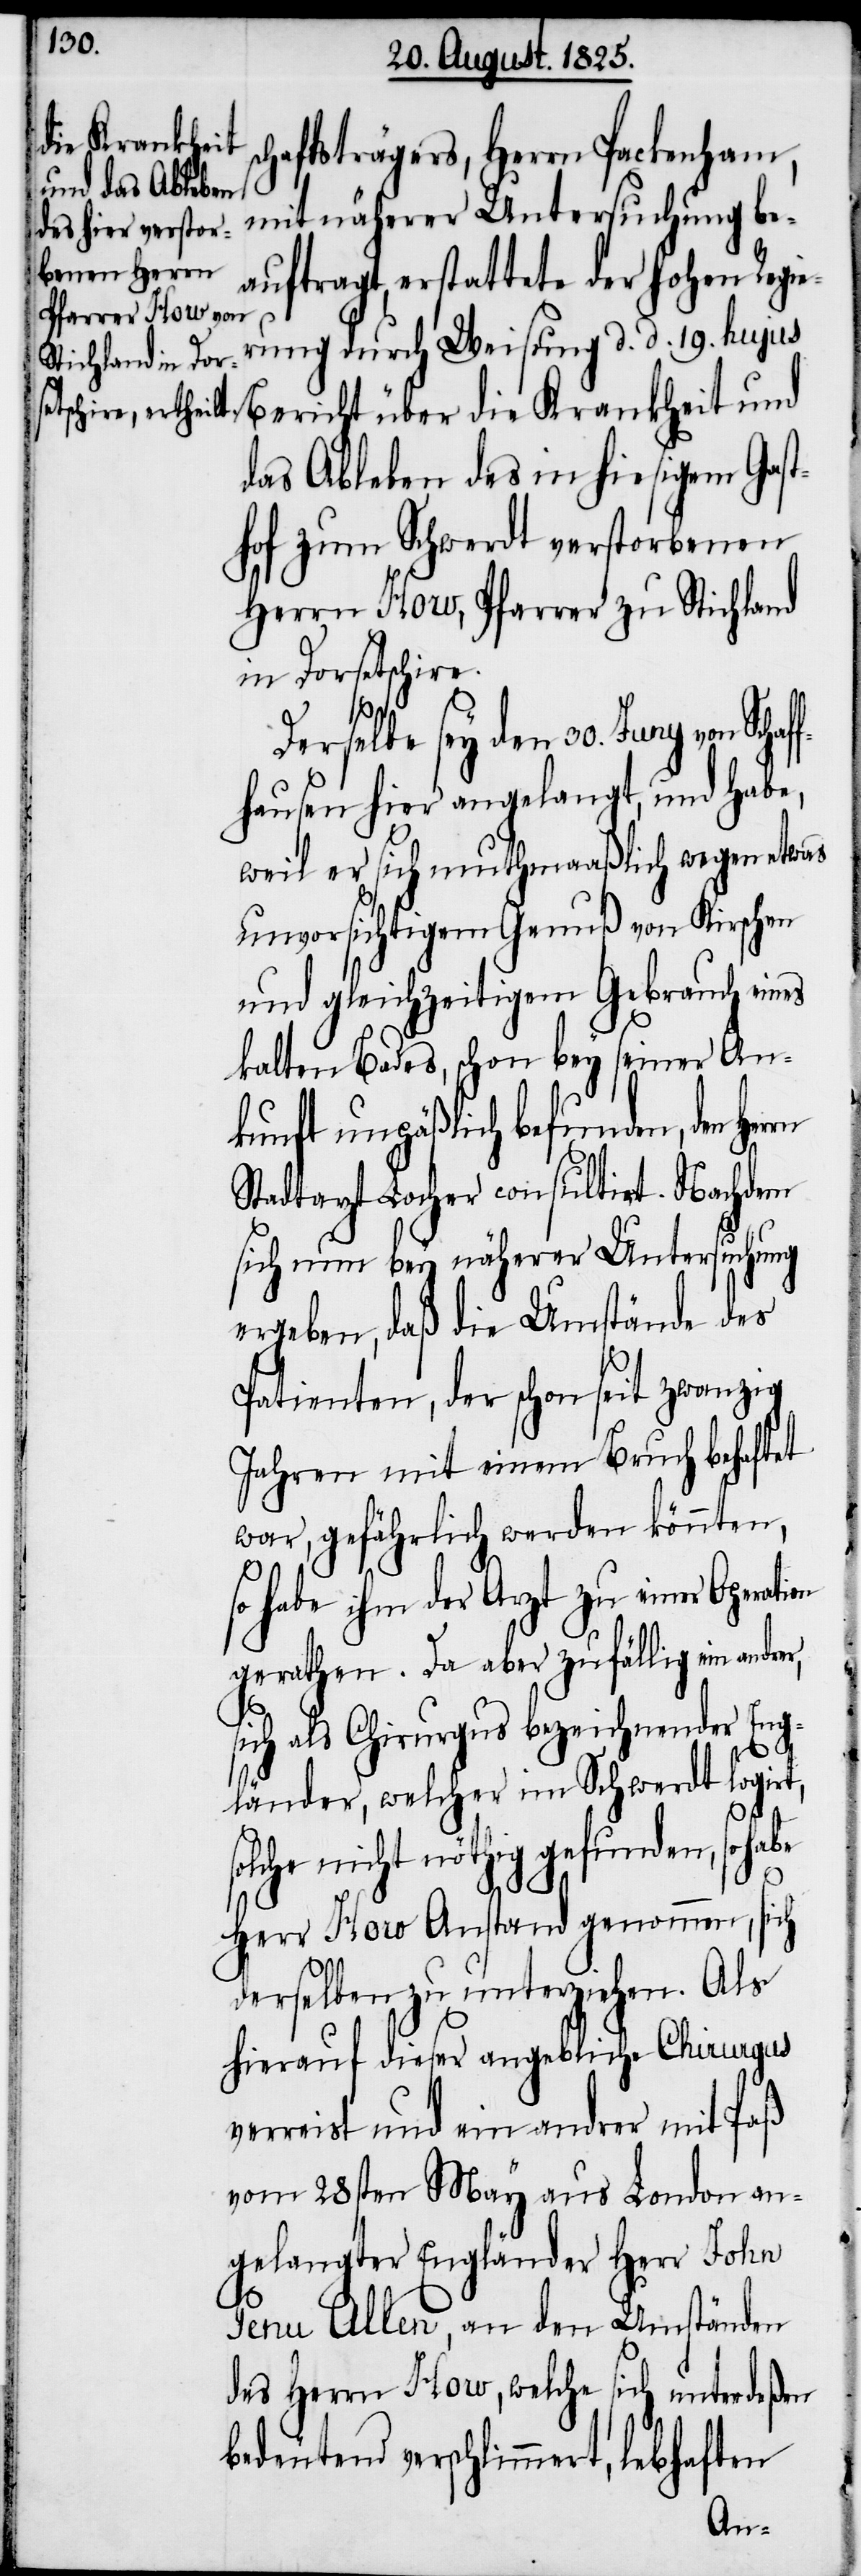
chaftsträgers, Herrn Packenham,
mit näherer Untersuchung be¬
auftragt, erstattete der hohen Regie¬
s¬
rung durch Weisung d. d. 10 hujus
Bericht über die Krankheit und
das Ableben des in hiesigem Gas¬
thof zum Schwerdt verstorbenen
Herrn How, Pfarrer zu Stichland
in Dorsetschire.
Derselbe sey den 30 Juny von Sch¬
hausen hier angelangt, und habe,
weil er sich muthmaaßlich wegen etwas
unvorsichtigem Genuß von Kirschen
und gleichzeitigem Gebrauch eines
kalten Bades, schon bey seiner An¬
kunft unpäßlich befunden, den
Stadtarzt Locher consulitirt. Nachdem
sich nun bey näherer Untersuchung
ergeben, daß die Umstände des
Patienten, der schon seit zwanzig
Jahren mit einem Bruch behaftet
war, gefährlich werden könnten,
so habe ihm der Arzt zu einer Operation
gerathen. Da aber zufällig ein
sich als Chirurgus bezeichnender Eng¬
länder, welcher im Schwerdt logirt,
aff¬
solche nicht nöthig gefunden, so
Herr How Anstand genommen, sich
derselben zu unterziehen. Als
hierauf dieser angebliche Chirurgus
verreist und ein andrer mit Paß
vom 28sten May aus London an¬
gelangter Engländer Herr John
Penu Allen, an den Umständen
des Herrn How, welche sich unterdeßen
bedeutend verschlimmert, lebhaften